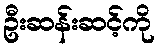
ဦးဆန်းဆင့်ကို